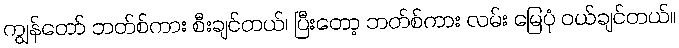
ကျွန်တော် ဘတ်စ်ကား စီးချင်တယ်၊ ပြီးတော့ ဘတ်စ်ကား လမ်း မြေပုံ ဝယ်ချင်တယ်။